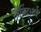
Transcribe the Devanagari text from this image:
गोंविंदभाई